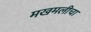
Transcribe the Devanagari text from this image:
मखमलीचा